Vaccination Hyderabad 1890-1903 - 1890-1903
Year: 1890
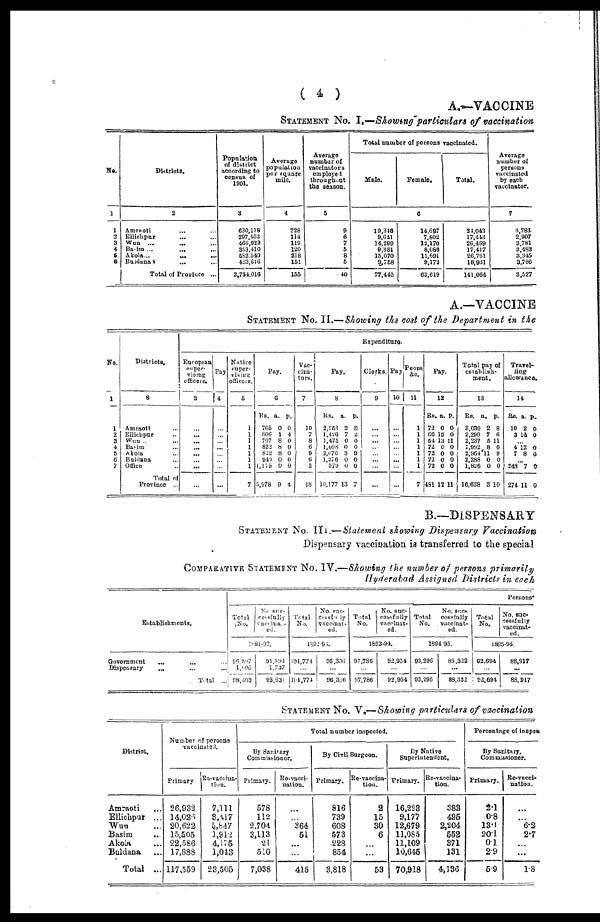
( 4 )
A.—VACCINE
STATEMENT NO. I.—Showing particulars of vaccination
No.
1
1
2
3
4
5
6
Districts.
2
Amraoti ... ...
Ellichpur ... ...
Wun ... ... ...
Basim ... ... ...
Akola... ... ...
Buldana ... ...
Total of Province ...
Population
of district
according to
census of
1901.
3
630,118
297,103
466,929
353,410
582,540
423,616
2.754,016
Average
population
per square
mile.
4
228
114
119
120
218
151
155
Average
number of
vaccinators
employed
throughout
the season.
5
9
6
7
5
8
5
40
Total number of persons vaccinated.
Male.
Female.
Total.
6
19,346
9,641
14,299
9,331
15,070
9,768
77,445
14,607
7,802
12,170
8,086
11,691
9,173
63,619
34,043
17,413
26,469
17,417
26,761
18,931
141,064
Average
number of
persons
vaccinated
by each
vaccinator.
7
3,783
2,907
3,781
3,483
3,345
3,786
3,527
A.—VACCINE
STATEMENT NO. II.—Showing the cost of the Department in the
No.
1
1
2
3
4
5
6
7
Districts.
8
Amraoti ...
Ellichpur ...
Wun ..
Basim ...
Akola ...
Buldana ...
Office ...
Total of
Province ...
Expenditure.
European
super¬
vising
officers.
3
...
...
...
...
...
...
...
...
Pay
4
...
...
...
...
...
...
...
...
Native
super¬
vising
officers.
5
1
1
1
1
1
1
1
7
Pay.
6
Rs.
705
806
707
822
822
940
1,175
5,978
a.
0
1
8
8
8
0
0
9
p.
0
4
0
0
0
0
0
4
Vac-
cina¬
tors.
7
10
7
8
6
9 6
2
48
Pay.
8
RS.
2,253
1,426
1,475
1,098
2,070
1,276
579
10,177
a.
2
7
0
0
3
0
0
13
p.
8
2
0
0
9
0
0
7
Clerks.
9
...
...
...
...
...
...
...
...
Pay
10
...
...
...
...
...
...
...
...
Peons
&c.
11
1
1
1
1
1
1
1
7
Pay.
12
Rs.
72
66
54
72
72
72
72
481
a.
0
15
13
0
0
0
0
12
p.
0
0
11
0
0
0
0
11
Total pay of
establish-
ment.
13
Rs.
3,030
2,299
2,237
1,092
2,964
2,288
1,826
16,638
a.
2
7
5
8
11
0
0
3
p.
8
6
11
0
9
0
0
10
Travel-
ling
allowance.
14
Rs.
10
3
a.
2
14
p.
0
0
...
4
7
12
8
0
0
...
248
274
7
11
0
0
B.—DISPENSARY
STATEMENT NO. III.— Statement showing Dispensary Vaccination
Dispensary vaccination is transferred to the special
COMPARATIVE STATEMENT NO. IV.—Showing the number of persons primarily
Hyderabad Assigned Districts in each
Establishments.
Government
... ... ...
Dispensary
... ... ...
Total ...
Persons*
Total
No.
No suc¬
ccessfully
vaccinat¬
ed.
1891-92.
96,597
1,808
98,103
91,894
1,737
93,631
Total
No.
No. suc¬
CESSFULLY
vaccinat-
ed.
1892-93.
101,774
...
101,774
96,306
...
96,306
Total
No.
No. suc¬
cessfully
vaccinat-
ed.
1693-94.
97,786
...
97,786
92,954
...
92,954
Total
No.
No. succ
cessfully
vaccinat-
ed.
1894 95.
93,296
...
93,296
88,322
...
88,322
Total
No.
No. suc-
cessfully
vaccinat¬
ed.
1895-96.
92,694
...
92,694
88,917
...
88,917
STATEMENT NO. V.—Showing particulars of vaccination
District.
Amraoti ...
Ellichpur ...
Wun ...
Basim ...
Akola ...
Baldana ...
Total ...
Number of persons
vaccinated.
Primary
26,932
14,026
20,622
15,505
22,586
17,888
117,559
Re-vaccina¬
tion.
7,111
3,417
5,847
1,912
4,175
1,043
23,505
Total number inspected.
By Sanitary
Commissioner.
Primary.
578
112
2,704
3,113
21
510
7,038
Re-vacci¬
nation.
...
...
364
51
...
...
415
By Civil Surgeon.
Primary.
816
739
608
573
228
854
3,818
Re-vaccina¬
tion.
2
15
30
6
...
...
53
By Native
Superintendent.
Primary.
16,223
9,177
12,679
11,085
11,109
10,645
70,918
Re-vaccina¬
tion.
383
495
2,204
552
371
131
4,136
Percentage of inepect
By Sanitary
Commissioner.
Primary.
2.1
0.8
13.1
20.1
0.1
2.9
5.9
Re-vacci¬
nation.
...
...
6.2
2.7
...
...
1.8